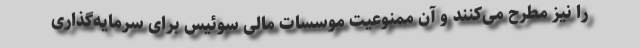
را نیز مطرح می‌کنند و آن ممنوعیت موسسات مالی سوئیس برای سرمایه‌گذاری